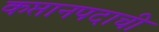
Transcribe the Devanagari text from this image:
कप्तानपदाची